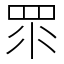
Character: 眔